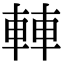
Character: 䡛